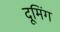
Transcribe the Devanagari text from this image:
दूमिंग